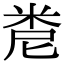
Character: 𥹆